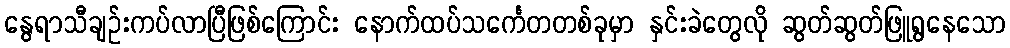
နွေရာသီချဉ်းကပ်လာပြီဖြစ်ကြောင်း နောက်ထပ်သင်္ကေတတစ်ခုမှာ နှင်းခဲတွေလို ဆွတ်ဆွတ်ဖြူရွနေသော